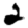
Digit: 2